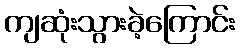
ကျဆုံးသွားခဲ့ကြောင်း